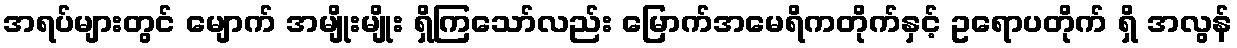
အရပ်များတွင် မျောက် အမျိုးမျိုး ရှိကြသော်လည်း မြောက်အမေရိကတိုက်နှင့် ဥရောပတိုက် ရှိ အလွန်